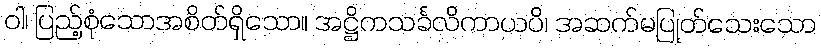
ဝါ၊ ပြည့်စုံသောအစိတ်ရှိသော။ အဋ္ဌိကသင်္ခလိကာယပိ၊ အဆက်မပြုတ်သေးသော